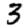
Digit: 3